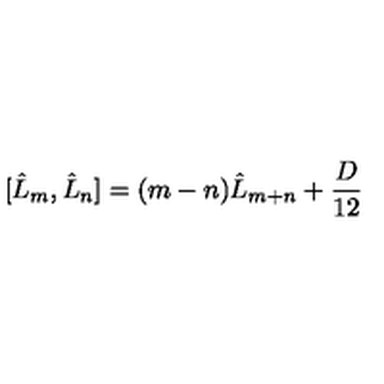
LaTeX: \lbrack \hat { L } _ { m } , \hat { L } _ { n } ] = ( m - n ) \hat { L } _ { m + n } + \frac { D } { 1 2 }